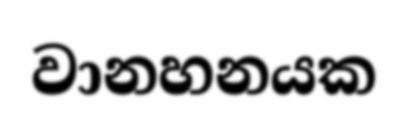
වානහනයක